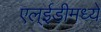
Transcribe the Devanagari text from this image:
एल्ईडीमध्ये